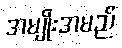
အမျိုးအမည်